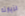
لزيارته